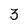
Character: 3